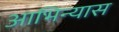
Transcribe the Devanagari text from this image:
आभिन्यास